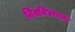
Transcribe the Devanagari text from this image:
बिंबविधायक